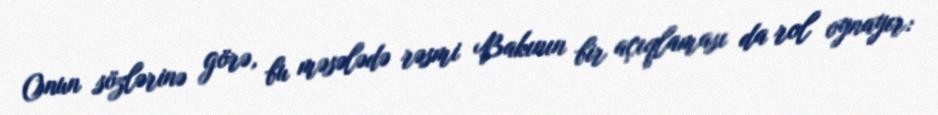
Onun sözlərinə görə, bu məsələdə rəsmi Bakının bir açıqlaması da rol oynayır: